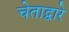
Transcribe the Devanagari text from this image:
चेताद्वारे